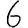
Digit: 6